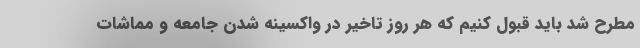
مطرح شد باید قبول کنیم که هر روز تاخیر در واکسینه شدن جامعه و مماشات